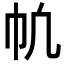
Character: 㠶